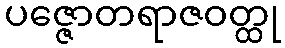
ပဇ္ဇောတရာဇဝတ္ထု